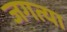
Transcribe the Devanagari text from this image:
जगत्या